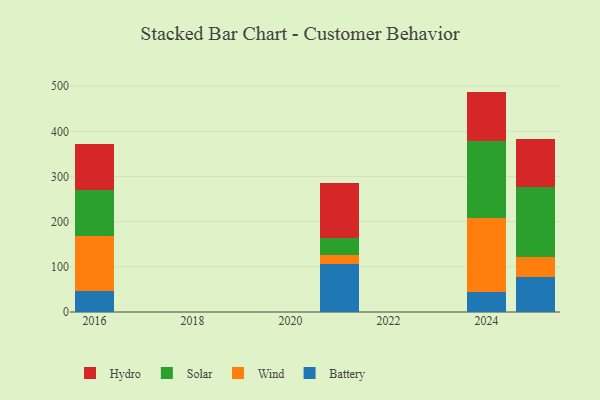
{"axis": {"x": "Year", "y": "Page Views"}, "legend": ["Battery", "Hydro", "Solar", "Wind"], "data": [{"x": "2016", "y": 45.4, "type": "Battery"}, {"x": "2016", "y": 123.5, "type": "Wind"}, {"x": "2016", "y": 100.3, "type": "Solar"}, {"x": "2016", "y": 103.1, "type": "Hydro"}, {"x": "2025", "y": 77.3, "type": "Battery"}, {"x": "2025", "y": 44.5, "type": "Wind"}, {"x": "2025", "y": 154.6, "type": "Solar"}, {"x": "2025", "y": 105.9, "type": "Hydro"}, {"x": "2024", "y": 44.6, "type": "Battery"}, {"x": "2024", "y": 162.4, "type": "Wind"}, {"x": "2024", "y": 171.0, "type": "Solar"}, {"x": "2024", "y": 109.9, "type": "Hydro"}, {"x": "2021", "y": 105.5, "type": "Battery"}, {"x": "2021", "y": 20.0, "type": "Wind"}, {"x": "2021", "y": 38.8, "type": "Solar"}, {"x": "2021", "y": 121.4, "type": "Hydro"}]}